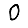
Digit: 0